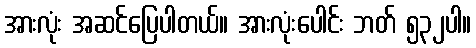
အားလုံး အဆင်ပြေပါတယ်။ အားလုံးပေါင်း ဘတ် ၅၃၂ပါ။